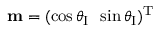
{ \bf m } = ( \cos \theta _ { \textup I } \, \, \, \sin \theta _ { \textup I } ) ^ { \textup T }